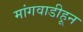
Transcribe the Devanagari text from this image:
मांगवाडीहून